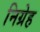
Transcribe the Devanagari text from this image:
निग्रेह